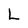
Character: L